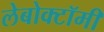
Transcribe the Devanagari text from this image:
लेबोक्टॉमी